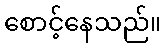
စောင့်နေသည်။